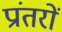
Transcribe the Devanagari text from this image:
प्रांतरों